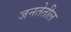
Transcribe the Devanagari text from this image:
जनतेतील